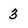
Character: 3